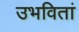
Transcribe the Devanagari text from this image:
उभवितां